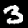
Label: 3